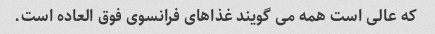
که عالی است همه می گویند غذاهای فرانسوی فوق العاده است.